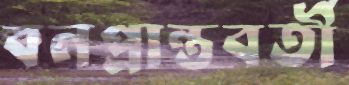
বনপ্রান্তবর্তী